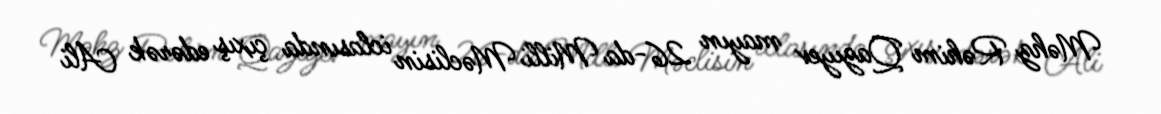
Məhz Rəhim Qazıyev mayın 26-da Milli Məclisin iclasında çıxış edərək Ali